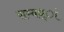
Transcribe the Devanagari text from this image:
सम्बध्ां